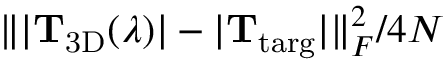
\lVert | \mathbf { T } _ { \mathrm { 3 D } } ( \lambda ) | - | \mathbf { T } _ { \mathrm { t a r g } } | \rVert _ { F } ^ { 2 } / 4 N